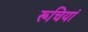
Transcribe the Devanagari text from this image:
रूचियां